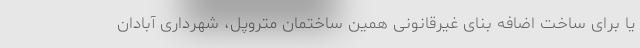
یا برای ساخت اضافه بنای غیرقانونی همین ساختمان متروپل، شهرداری آبادان